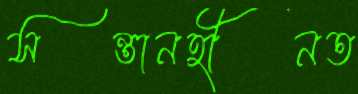
সন্তানহীনত